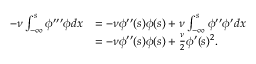
\begin{array} { r l } { - \nu \int _ { - \infty } ^ { s } \phi ^ { \prime \prime \prime } \phi d x } & { = - \nu \phi ^ { \prime \prime } ( s ) \phi ( s ) + \nu \int _ { - \infty } ^ { s } \phi ^ { \prime \prime } \phi ^ { \prime } d x } \\ & { = - \nu \phi ^ { \prime \prime } ( s ) \phi ( s ) + \frac { \nu } { 2 } \phi ^ { \prime } ( s ) ^ { 2 } . } \end{array}